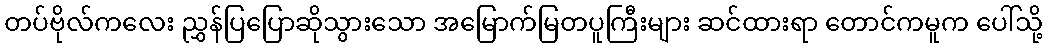
တပ်ဗိုလ်ကလေး ညွှန်ပြပြောဆိုသွားသော အမြောက်မြတပူကြီးများ ဆင်ထားရာ တောင်ကမူက ပေါ်သို့